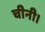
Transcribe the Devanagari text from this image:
चीनी।